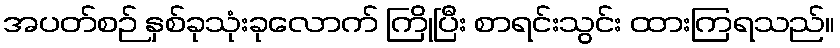
အပတ်စဉ် နှစ်ခုသုံးခုလောက် ကြိုပြီး စာရင်းသွင်း ထားကြရသည်။